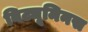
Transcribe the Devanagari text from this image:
बिट्यूमिनस